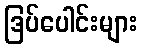
ဒြပ်ပေါင်းများ